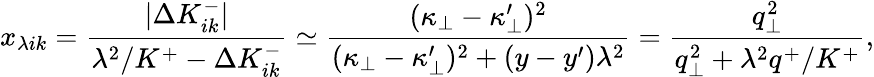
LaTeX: x_{\lambda ik}={\frac{|\Delta K_{ik}^{-}|}{\lambda^{2}/K^{+}-\Delta K_{ik}^{-}}}\simeq{\frac{(\kappa_{\bot}-\kappa_{\bot}^{\prime})^{2}}{(\kappa_{\bot}-\kappa_{\bot}^{\prime})^{2}+(y-y^{\prime})\lambda^{2}}}={\frac{q_{\bot}^{2}}{q_{\bot}^{2}+\lambda^{2}q^{+}/K^{+}}},